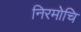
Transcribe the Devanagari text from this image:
निरमोचि